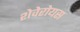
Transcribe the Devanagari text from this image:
शेवेरोयस